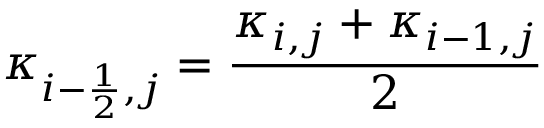
\kappa _ { i - \frac { 1 } { 2 } , j } = \frac { \kappa _ { i , j } + \kappa _ { i - 1 , j } } { 2 }